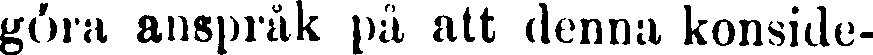
göra anspråk på att denna konside-